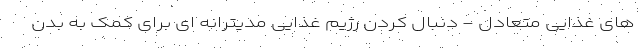
های غذایی متعادل - دنبال کردن رژیم غذایی مدیترانه ای برای کمک به بدن